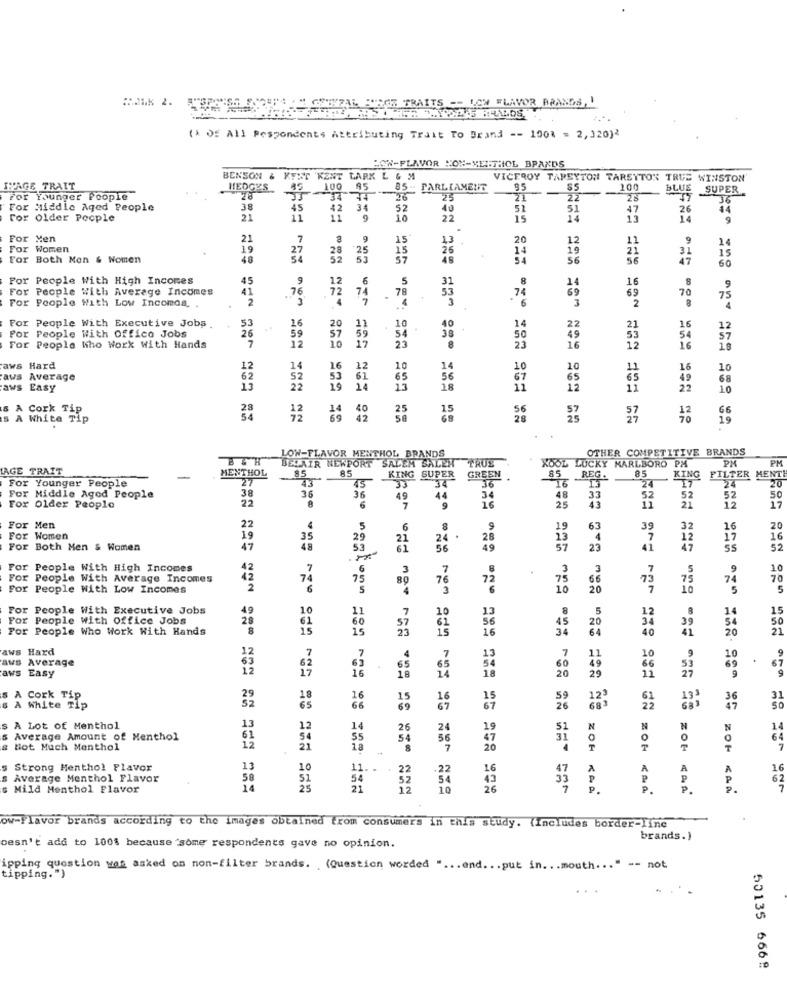
:21K 2.
PAL ROS TRAITS -- LOW FLAVOR BRANDS,I
(* Of All Respondents Attributing Trait To Brand -- 100% = 2, 120)
HOW-FLAVOR NON-MEIFTHIOL BRANDS
BENSON & KENT 'KENT LARK L & M
VICEROY TAREYTON TARETTON TRUE WINSTON
IMAGE TRAIT
HEDGES
100
95
85 - PARLIAMENT
85
$5
200
BLUE SUPER
For Younger People
34 44
25
21
22
28
47
36
For Middle Aged People
38
45
42
34
52
40
51
51
47
26
14
For older People
21
11
9
22
15
14
13
14
For Men
21
7
.9
15
43
20
12
11
9
14
For Women
19
28
25
15
26
14
21
15
For Both Men & Women
48
27
53
57
48
54
56
60
For People With High Incomes
45
12
6
5
31
8
16
For People With Average Incomes
53
69
14
8
For People With Low Incomea.
.72
4
. 78
3
3
69
2
70
75
4
For People With Executive Jobs
For People With Offico Jobs
53
16
20
10
14
22
21
16
12
26
59
12
57
59
54
23
50
49
53
For People Who Work With Hands
23
16
12
16
aws Hard
12
14
16
22
10
14
10
10
10
aus Average
62
52
53
65
56
67
65
68
aws Easy
13
19
14
18
11
11
10
A Cork Tip
15
66
A White Tip
54
12
69
42
Sa
57
19
LOW-FLAVOR MENTHOL BRANDS
OTHER COMPETITIVE BRANDS
BELAIR NEWPORT SALEM SALEM TRUE
XOOL LUCKY MARLBORO PM
PM
PM
LAGE TRAIT
MENTHOL
85
85
KING SUPER
85
For Younger People
-
27
45
GREEN
36
85 REG.
KING FILTER MENT!
38
16
13
24
For Middle Aged People
22
8
36
49
44
3
48
25
33
52
52
52
50
For Older People
6
7
9
16
43
11
21
12
17
For Men
22
4
5
6
19
63
39
32
20
For Women
19
35
29
21
24
28
13
4
7
12
17
16
For Both Men & Women
47
48
53
61
56
57
23
41
47
SS
52
For People With High Incomes
42
,7
6
3
7
3
9
10
For People With Average Incomes
12
74
75
80
76
72
75
66
7
74
70
For People With Low Incomes
5
3
10
20
73
10
5
For People With Executive Jobs
49
10
7
8
5
8
15
For People With Office Jobs
61
60
10
50
For People Who Work With Hands
28
15
15
45
34
64
40
21
20
aws Hard
12
7
9
aus Average
67
aws Easy
9
A Cork Tip
16
SO
31
A White TIP
67
22
36
$ A Lot of Menthol
12
14
26
24
19
14
5 Average Amount of Menthol
54
56
64
# Hot Much Menthol
12
18
8
20
Strong Menthol Flavor
13
10
11
16
16
Average Menthol Flavor
58
22
-22
62
Mild Menthol Flavor
14
=== == === ===
=== == === ===
10
26
33
P.
ZON KLA
P.
ZON CAR
ow-Flavor brands according to the images obtained trom consumers in this study. (Includes border-line
brands.)
oesn't add to 100% because some respondents gave no opinion.
ipping question was asked on non-filter brands. (Question worded " ... end ... put in ... mouth ... " -- not
tipping.")
50135 6668